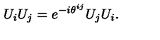
U _ { i } U _ { j } = e ^ { - i \theta ^ { i j } } U _ { j } U _ { i } .